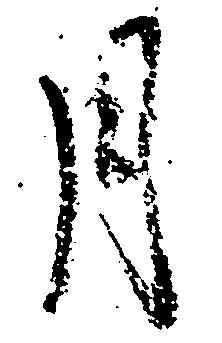
月